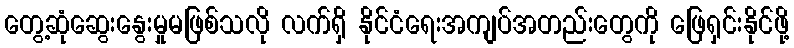
တွေ့ဆုံဆွေးနွေးမှုမဖြစ်သလို လက်ရှိ နိုင်ငံရေးအကျပ်အတည်းတွေကို ဖြေရှင်းနိုင်ဖို့